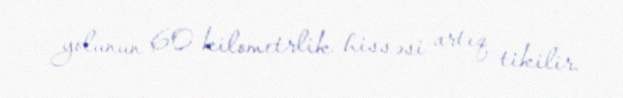
yolunun 60 kilometrlik hissəsi artıq tikilir.